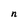
Character: n